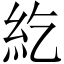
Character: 紇